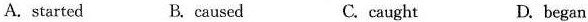
A.started B. caused C.caught D.began